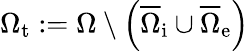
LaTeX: \Omega_{\mathrm{t}}:=\Omega\setminus\left(\overline{{\Omega}}_{\mathrm{i}}\cup\overline{{\Omega}}_{\mathrm{e}}\right)